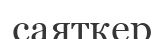
саяткер